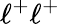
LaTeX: \ell^{+}\ell^{+}